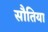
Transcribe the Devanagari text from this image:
सौतिया